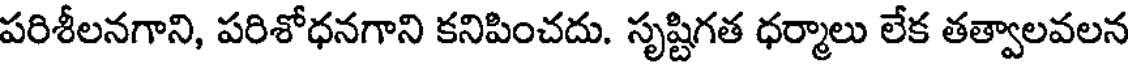
పరిశీలనగాని, పరిశోధనగాని కనిపించదు. సృష్టిగత ధర్మాలు లేక తత్వాలవలన